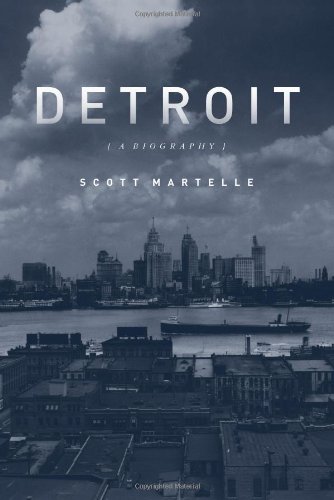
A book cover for Detroit: A Biography; Scott Martelle; Politics & Social Sciences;